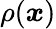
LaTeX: \rho({\boldsymbol{\mathit{x}}})